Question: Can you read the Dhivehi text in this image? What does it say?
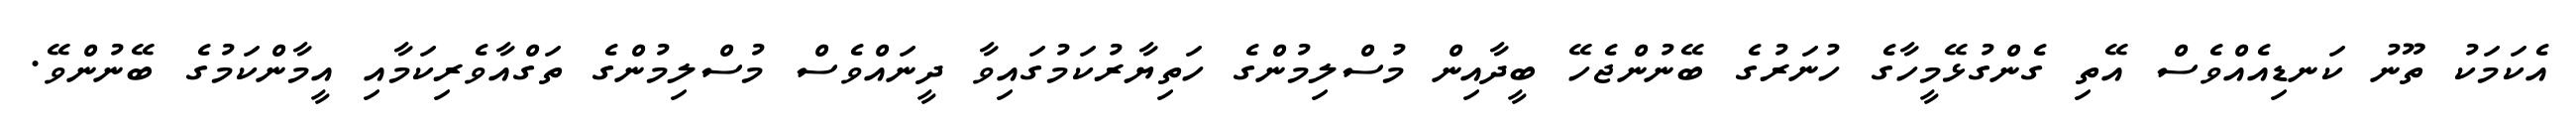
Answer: އެކަމަކު ތޫނު ކަނޑިއެއްވެސް އޭތި ގެންގުޅޭމީހާގެ ހުނަރުގެ ބޭނުންޖެހޭ ބީދާއިން މުސްލިމުންގެ ހަތިޔާރުކަމުގައިވާ ދީނައްވެސް މުސްލިމުންގެ ތަގްއާވެރިކަމާއި އީމާންކަމުގެ ބޭނުންވޭ.